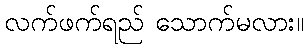
လက်ဖက်ရည် သောက်မလား။